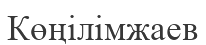
Көңілімжаев